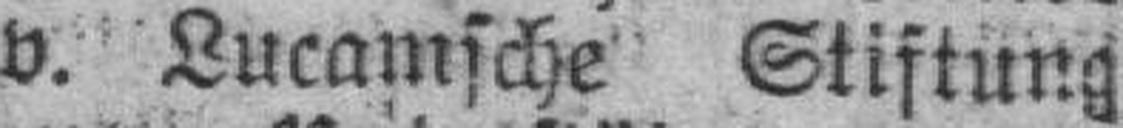
v. Lucamsche Stiftung